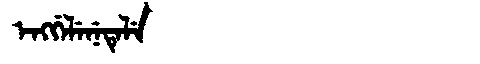
Manchu: ᡝᠩᡤᡝᠯᡝᠨᡝᡨᡝᠯᡝ
Romanization: ENGGELENETELE